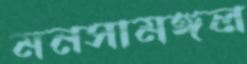
মনসামঙ্গল